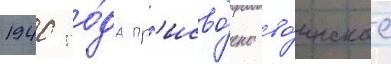
1940 го́да пр'исво́ено во́инское